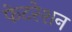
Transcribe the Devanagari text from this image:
फेटरेशन